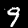
Label: 9